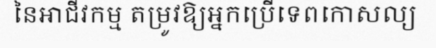
នៃអាជីវកម្ម តម្រូវឱ្យអ្នកប្រើទេពកោសល្យ